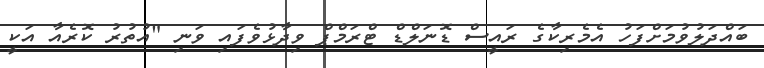
ބައްދަލުވުމަށްފަހު އެމެރިކާގެ ރައީސް ޑޮނަލްޑް ޓްރަމްޕް ވިދާޅުވެފައި ވަނި "އުތުރު ކޮރެއާ އަކީ